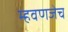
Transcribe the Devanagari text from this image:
म्हवणजेच